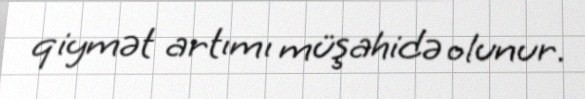
qiymət artımı müşahidə olunur.